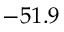
- 5 1 . 9